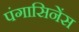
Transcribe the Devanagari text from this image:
पंगासिनेंस